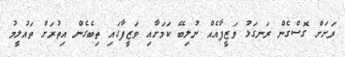
ރަށަށް ގޮސްގެން ރަނގަޅު ވަޒީފާއެއް ނުލިބޭ ކަމަށާއި ވަޒީފާގައި ތިބެގެން އިތުރަށް ތައުލީމު